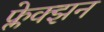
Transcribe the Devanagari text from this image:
फ्लेक्झन